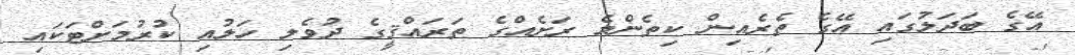
އޭގެ ބަދަލުގައި އޭގެ ތެރެއިން ކިތެންމެ ރަށެއްގެ ތަރައްޤީގެ ދުވެލި ހަލުއި ކުރުމަށްޓަކައި